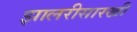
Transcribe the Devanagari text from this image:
झालरीसारखी